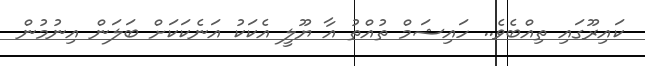
ކައިރޫގައި ތިއްބެވެ.. ހައިޝަމް ތުއްތު އާ ޔޫލީ އެކަކު އަނެކަކަށް ބަލަން އިނުމުން